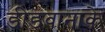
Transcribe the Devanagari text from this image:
डीडवानाके